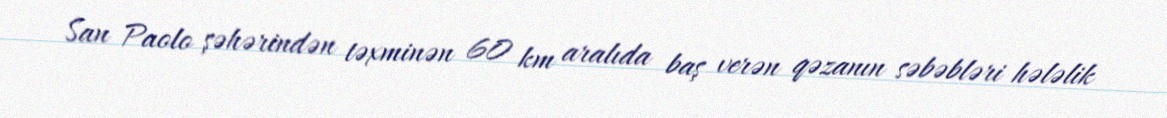
San Paolo şəhərindən təxminən 60 km aralıda baş verən qəzanın səbəbləri hələlik